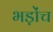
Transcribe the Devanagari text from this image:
भड़ोंच